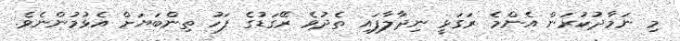
މި ނަމާދުކުރަން އެންމެ ރަގަޅީ ނިދާލާފައި ތެދުވެ ރޭގަޑުގެ ފަހު ތިންބަޔަށް އެޅުމުންނެވެ.